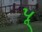
પૂ